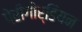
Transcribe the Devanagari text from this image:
पेरीगोर्डियन